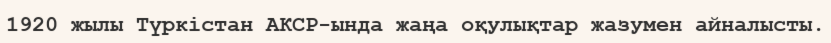
1920 жылы Түркістан АКСР-ында жаңа оқулықтар жазумен айналысты.